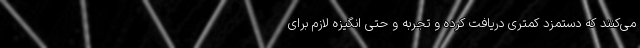
می‌کنند که دستمزد کمتری دریافت کرده و تجربه و حتی انگیزه لازم برای